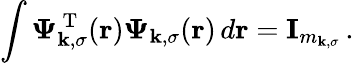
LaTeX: \int\boldsymbol{\Psi}_{\mathbf{k},\sigma}^{\mathrm{{~T~}}}(\boldsymbol{\textbf{{r}}})\boldsymbol{\Psi}_{\mathbf{k},\sigma}(\boldsymbol{\textbf{{r}}})\, d\boldsymbol{\textbf{{r}}}=\textbf{{I}}_{m_{\mathbf{k},\sigma}}\, .